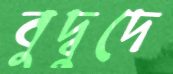
বুদ্বুদে